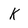
Character: k